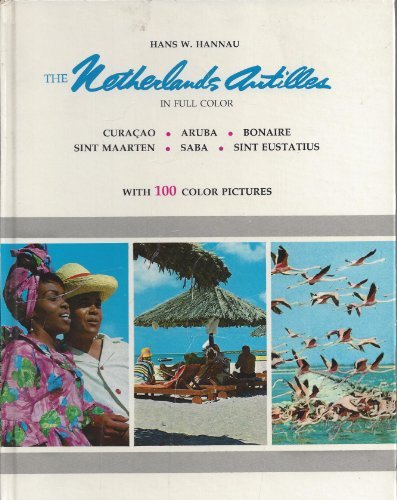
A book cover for The Netherlands Antilles in full color: Curacao, Aruba, Bonaire, St. Maarten, Saba, St. Eustatius; Hans W Hannau; Travel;